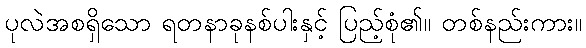
ပုလဲအစရှိသော ရတနာခုနစ်ပါးနှင့် ပြည့်စုံ၏။ တစ်နည်းကား။